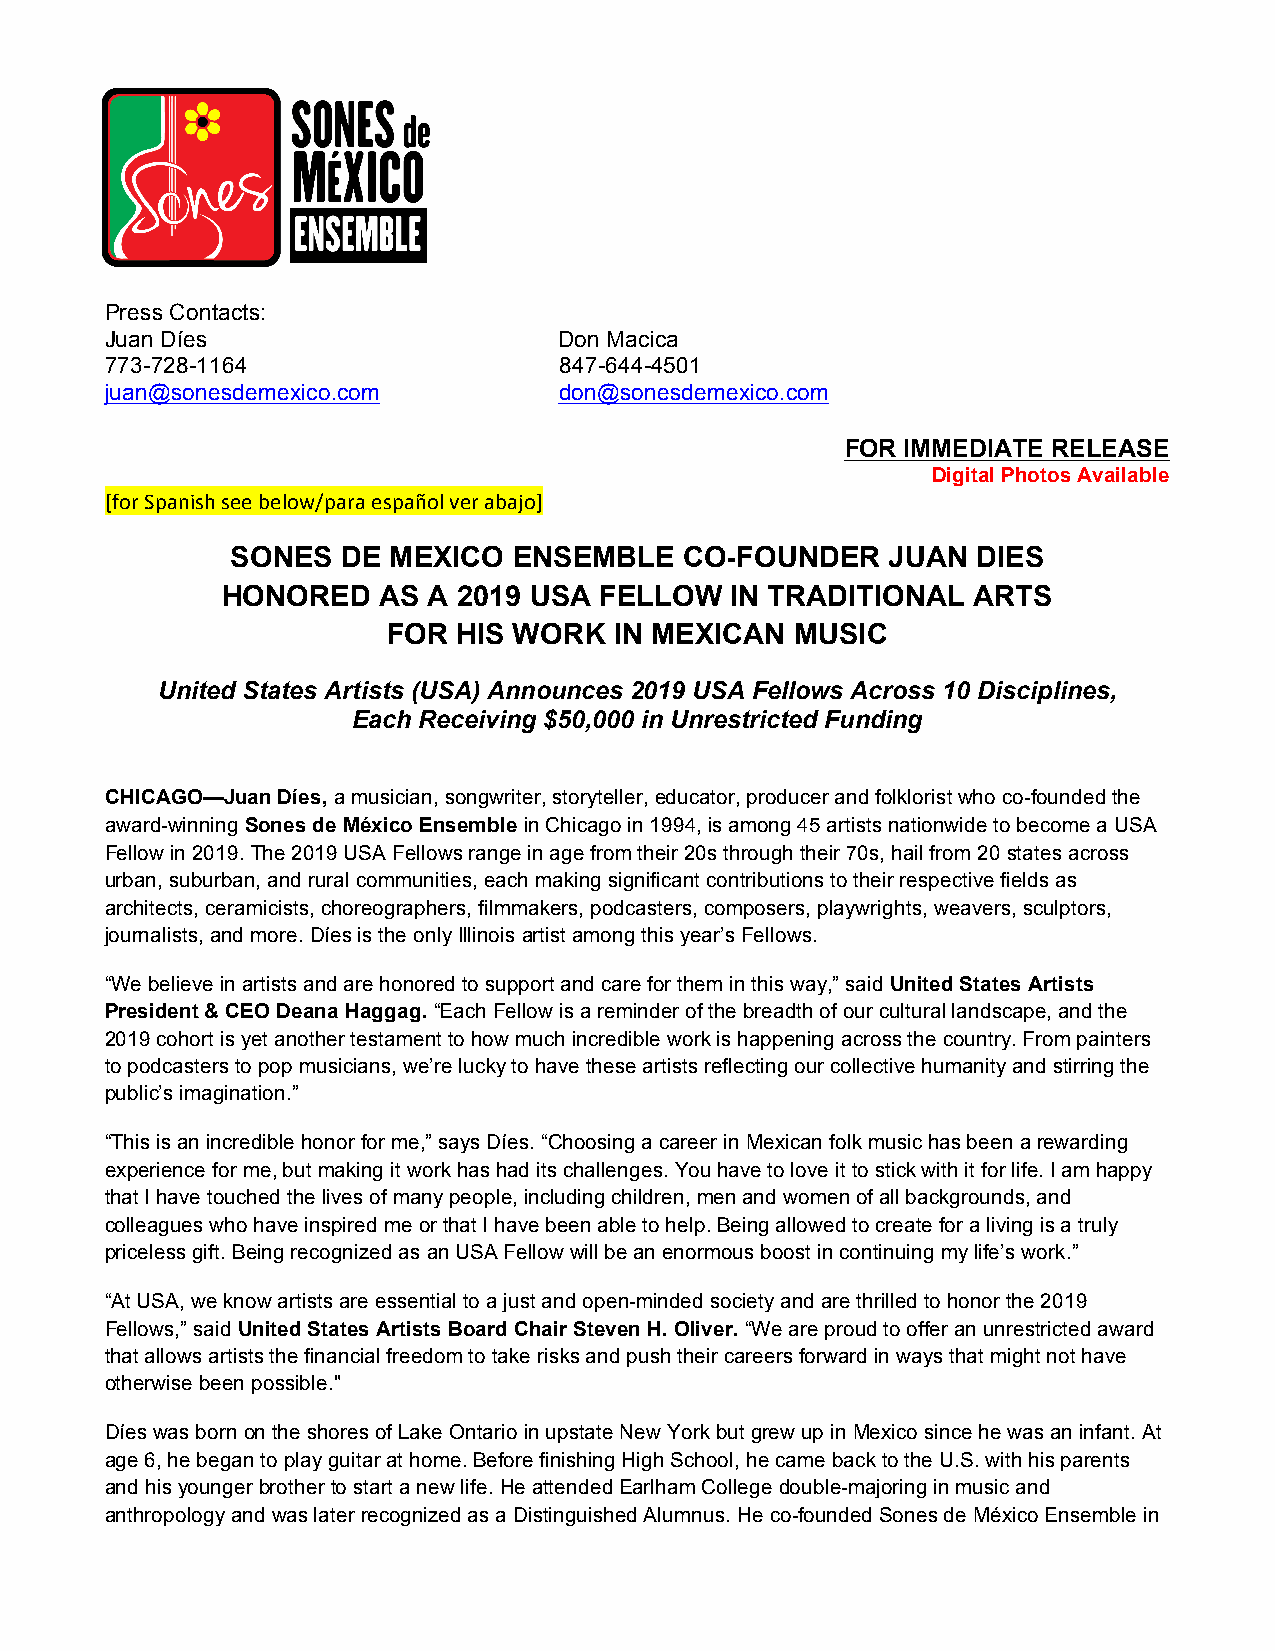
Press Contacts:
 Juan Díes                     Don Macica
 773-728-1164                  847-644-4501
 juan@sonesdemexico.com        don@sonesdemexico.com
 FOR IMMEDIATE RELEASE
 Digital Photos Available
 [for Spanish see below/para español ver abajo]
 SONES   DE MEXICO  ENSEMBLE   CO-FOUNDER    JUAN  DIES
 HONORED   AS A 2019 USA  FELLOW  IN TRADITIONAL  ARTS
 FOR HIS WORK   IN MEXICAN  MUSIC
 United States Artists (USA) Announces 2019 USA Fellows Across 10 Disciplines,
 Each Receiving $50,000 in Unrestricted Funding
 CHICAGO—Juan Díes, a musician, songwriter, storyteller, educator, producer and folklorist who co-founded the
 award-winning Sones de México Ensemble in Chicago in 1994, is among 45 artists nationwide to become a USA
 Fellow in 2019. The 2019 USA Fellows range in age from their 20s through their 70s, hail from 20 states across
 urban, suburban, and rural communities, each making significant contributions to their respective fields as
 architects, ceramicists, choreographers, filmmakers, podcasters, composers, playwrights, weavers, sculptors,
 journalists, and more. Díes is the only Illinois artist among this year’s Fellows.
 “We believe in artists and are honored to support and care for them in this way,” said United States Artists
 President & CEO Deana Haggag. “Each Fellow is a reminder of the breadth of our cultural landscape, and the
 2019 cohort is yet another testament to how much incredible work is happening across the country. From painters
 to podcasters to pop musicians, we’re lucky to have these artists reflecting our collective humanity and stirring the
 public’s imagination.”
 “This is an incredible honor for me,” says Díes. “Choosing a career in Mexican folk music has been a rewarding
 experience for me, but making it work has had its challenges. You have to love it to stick with it for life. I am happy
 that I have touched the lives of many people, including children, men and women of all backgrounds, and
 colleagues who have inspired me or that I have been able to help. Being allowed to create for a living is a truly
 priceless gift. Being recognized as an USA Fellow will be an enormous boost in continuing my life’s work.”
 “At USA, we know artists are essential to a just and open-minded society and are thrilled to honor the 2019
 Fellows,” said United States Artists Board Chair Steven H. Oliver. “We are proud to offer an unrestricted award
 that allows artists the financial freedom to take risks and push their careers forward in ways that might not have
 otherwise been possible."
 Díes was born on the shores of Lake Ontario in upstate New York but grew up in Mexico since he was an infant. At
 age 6, he began to play guitar at home. Before finishing High School, he came back to the U.S. with his parents
 and his younger brother to start a new life. He attended Earlham College double-majoring in music and
 anthropology and was later recognized as a Distinguished Alumnus. He co-founded Sones de México Ensemble in